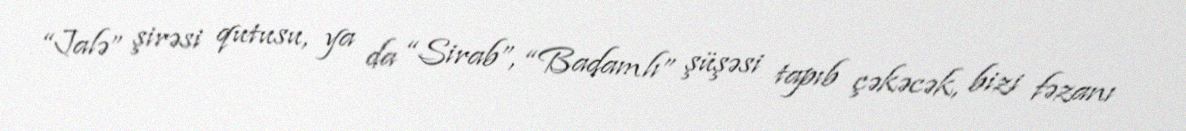
“Jalə” şirəsi qutusu, ya da “Sirab”, “Badamlı” şüşəsi tapıb çəkəcək, bizi fəzanı